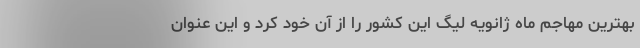
بهترین مهاجم ماه ژانویه لیگ این کشور را از آن خود کرد و این عنوان